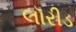
લૉરીડ